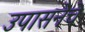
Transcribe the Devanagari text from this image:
उपासनेचे